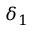
\delta _ { 1 }